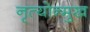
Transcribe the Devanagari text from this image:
नृत्योन्मुख